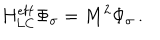
LaTeX: H _ { \mathrm { L C } } ^ { \mathrm { e f f } } \Phi _ { \sigma } = M ^ { 2 } \Phi _ { \sigma } \, .